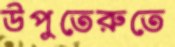
উপুতেরুতে